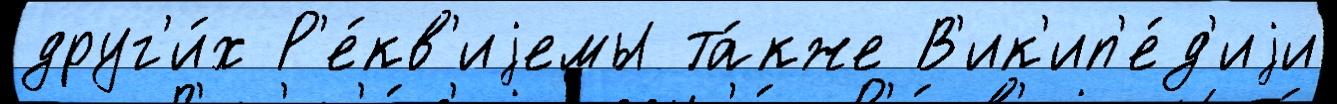
друг'и́х Р'е́кв'иjемы та́кже В'ик'ип'е́д'иjи